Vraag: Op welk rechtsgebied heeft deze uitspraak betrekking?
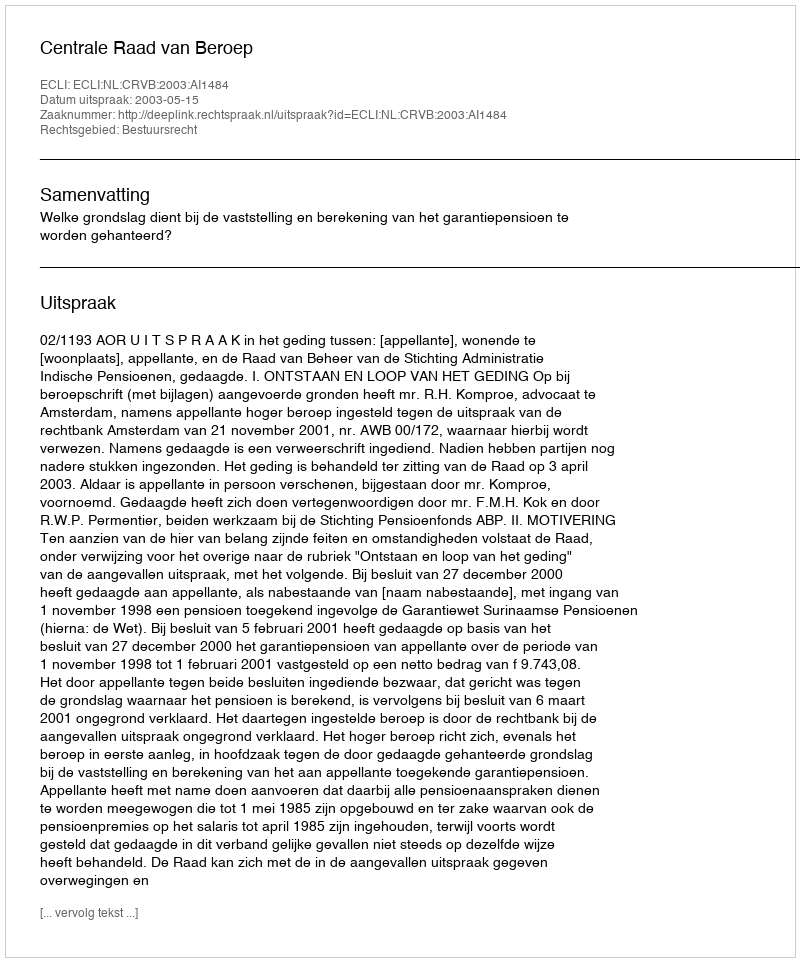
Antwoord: Bestuursrecht